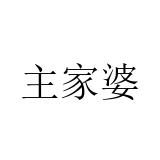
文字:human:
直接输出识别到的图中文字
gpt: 主家婆